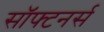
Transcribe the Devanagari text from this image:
सॉफ्टनर्स